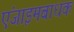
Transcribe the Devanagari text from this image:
एंजाइमबाधक